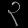
Digit: ၃